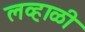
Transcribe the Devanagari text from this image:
लव्हाळी